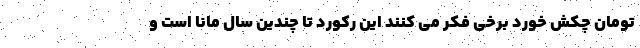
تومان چکش خورد برخی فکر می کنند این رکورد تا چندین سال مانا است و